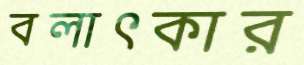
বলাৎকার